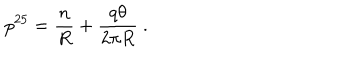
p ^ { 2 5 } = { \frac { n } { R } } + { \frac { q \theta } { 2 \pi R } } \ .